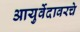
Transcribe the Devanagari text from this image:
आयुर्वेदावरचे